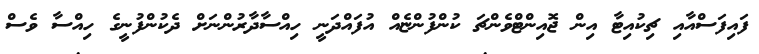
ފައިފަސްއާއި ޗިކުއިޓާ އިން ޖޮއިންޓްވެންޗަ ކުންފުންޏެއް އުފައްދަނީ ހިއްސާދާރުންނަށް ދެކުންފުނީގެ ހިއްސާ ވެސް